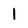
Character: 1